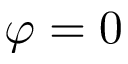
\varphi = 0